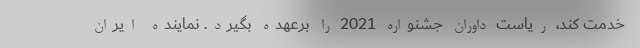
خدمت کند، ریاست داوران جشنواره 2021 را برعهده بگیرد. نماینده ایران